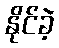
နိုင်ခဲ့